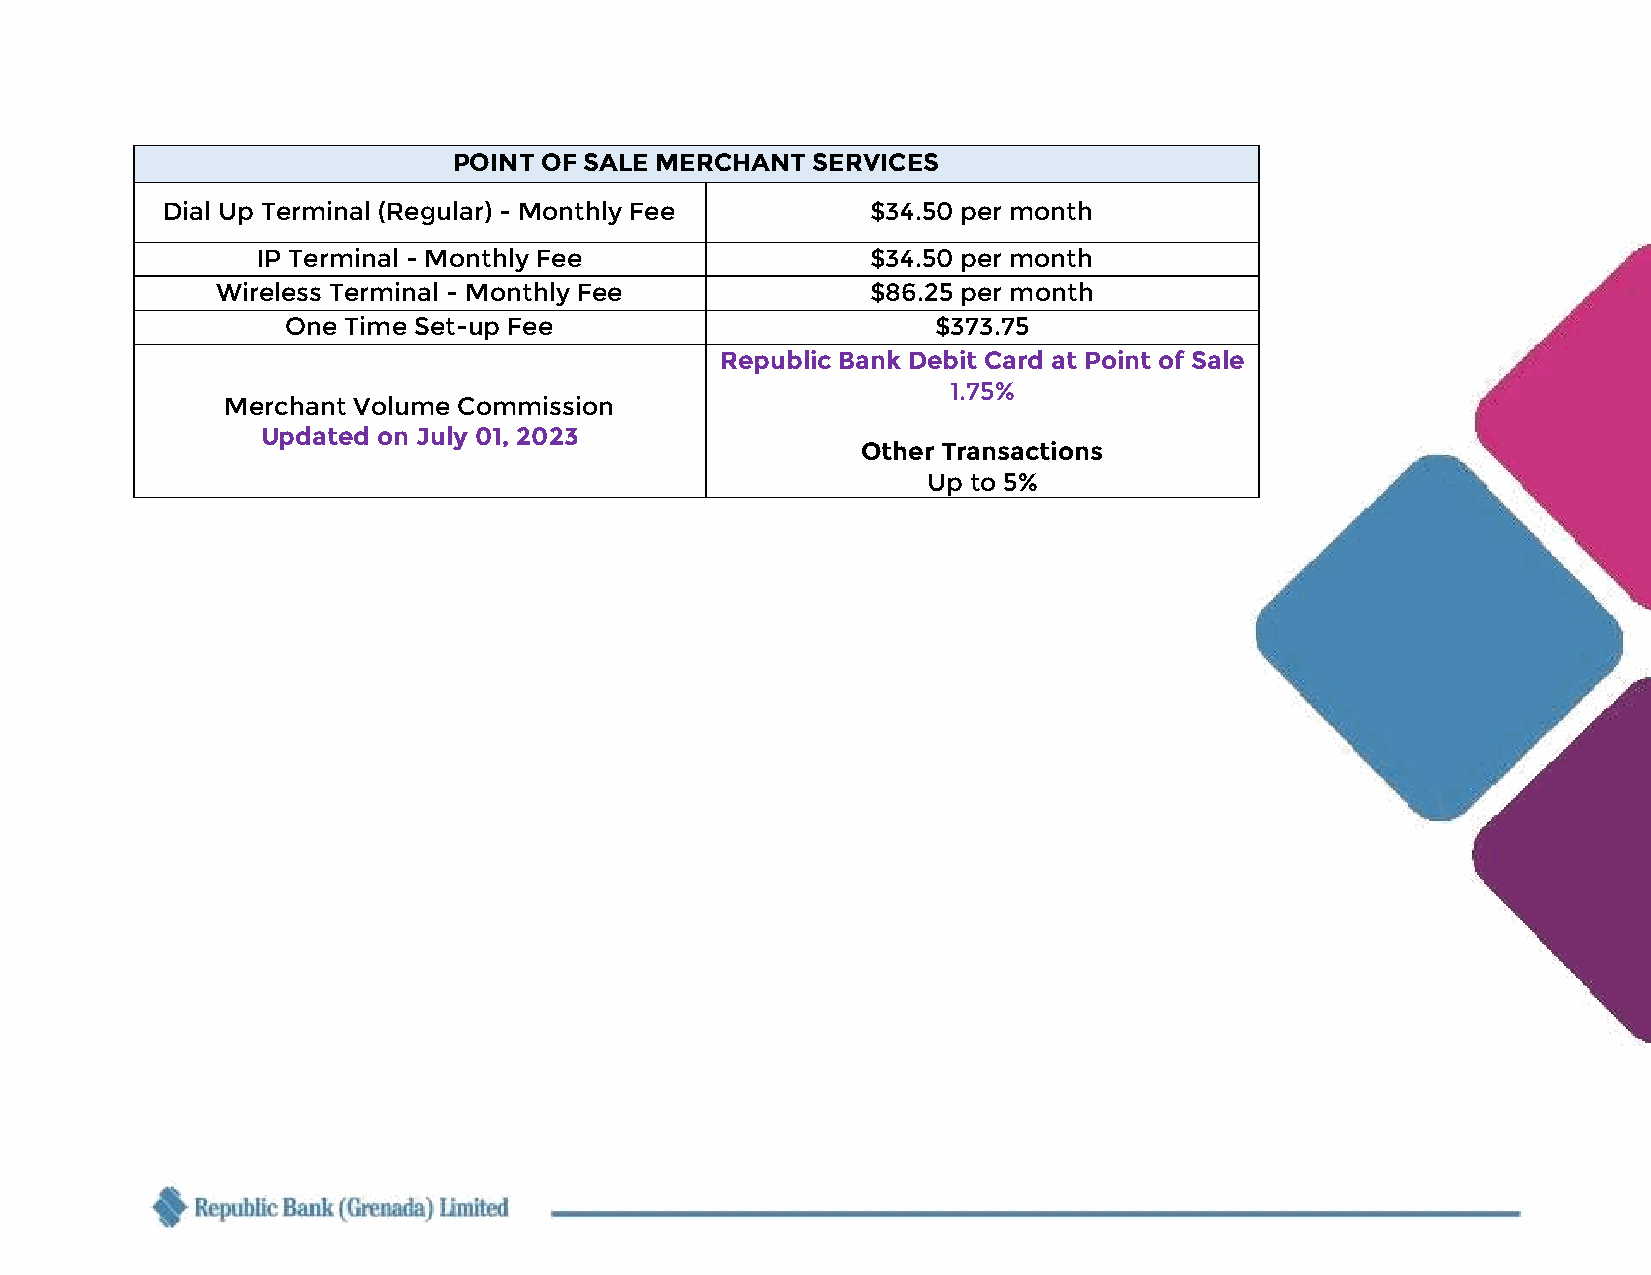
POINT OF SALE MERCHANT  SERVICES
 Dial Up Terminal (Regular) - Monthly Fee       $34.50 per month
 IP Terminal - Monthly Fee                $34.50 per month
 Wireless Terminal - Monthly Fee             $86.25 per month
 One Time Set-up Fee                        $373.75
 Republic Bank Debit Card at Point of Sale
 1.75%
 Merchant Volume Commission
 Updated on July 01, 2023
 Other Transactions
 Up to 5%